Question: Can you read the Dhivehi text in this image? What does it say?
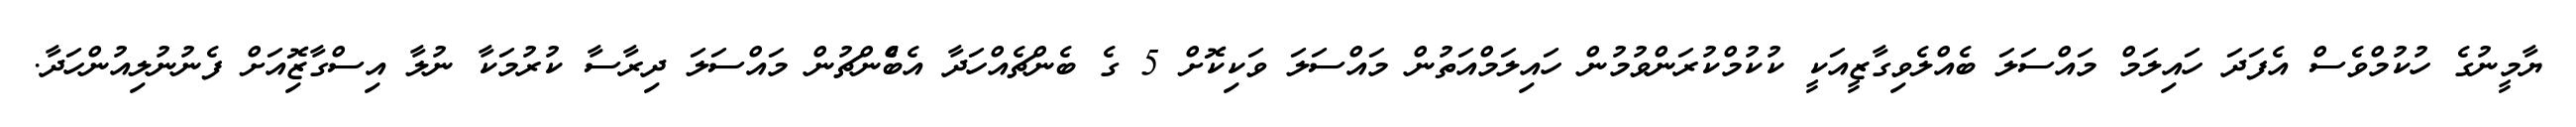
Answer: ޔާމީނުގެ ހުކުމްވެސް އެފަދަ ހައިލަމް މައްސަލަ ބެއްލެވިގާޒީއަކީ ކުކުމްކުރަންވުމުން ހައިލަމްއަތުން މައްސަލަ ވަކިކޮށް 5 ގެ ބެންޗެއްހަދާ އެބްެންޗުން މައްސަލަ ދިރާސާ ކުރުމަކާ ނުލާ އިސްގާޒޮިއަށް ފެނުނުލިއުންހަދާ.